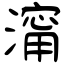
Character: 澝